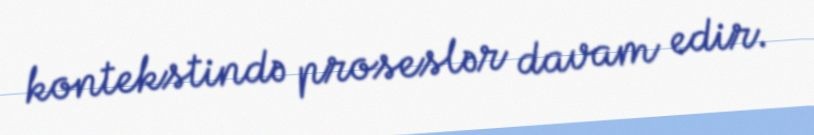
kontekstində proseslər davam edir.